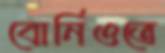
বোর্নিওতে